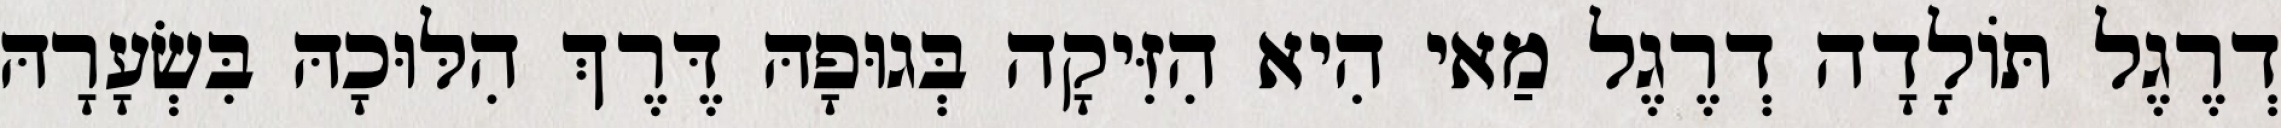
דְרֶגֶל תּוֹלָדָה דְרֶגֶל מַאי הִיא הִזִּיקָה בְּגוּפָהּ דֶּרֶךְ הִלּוּכָהּ בִּשְׂעָרָהּ